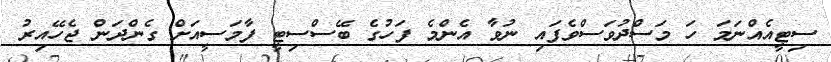
ސިޓީއެއްނަމަ ހަ މަސްދުވަސްވެފައި ނުވާ އެންމެ ފަހުގެ ބޭސްސިޓީ ފާމަސީއަށް ގެންދަން ޖެހޭއިރު